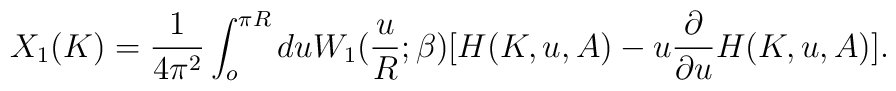
X_1(K)=\frac{1}{4\pi^2}\int_{o}^{\pi R}duW_1(\frac{u}{R};\beta)[H(K,u,A)-u\frac{\partial}{\partial u}H(K,u,A)].